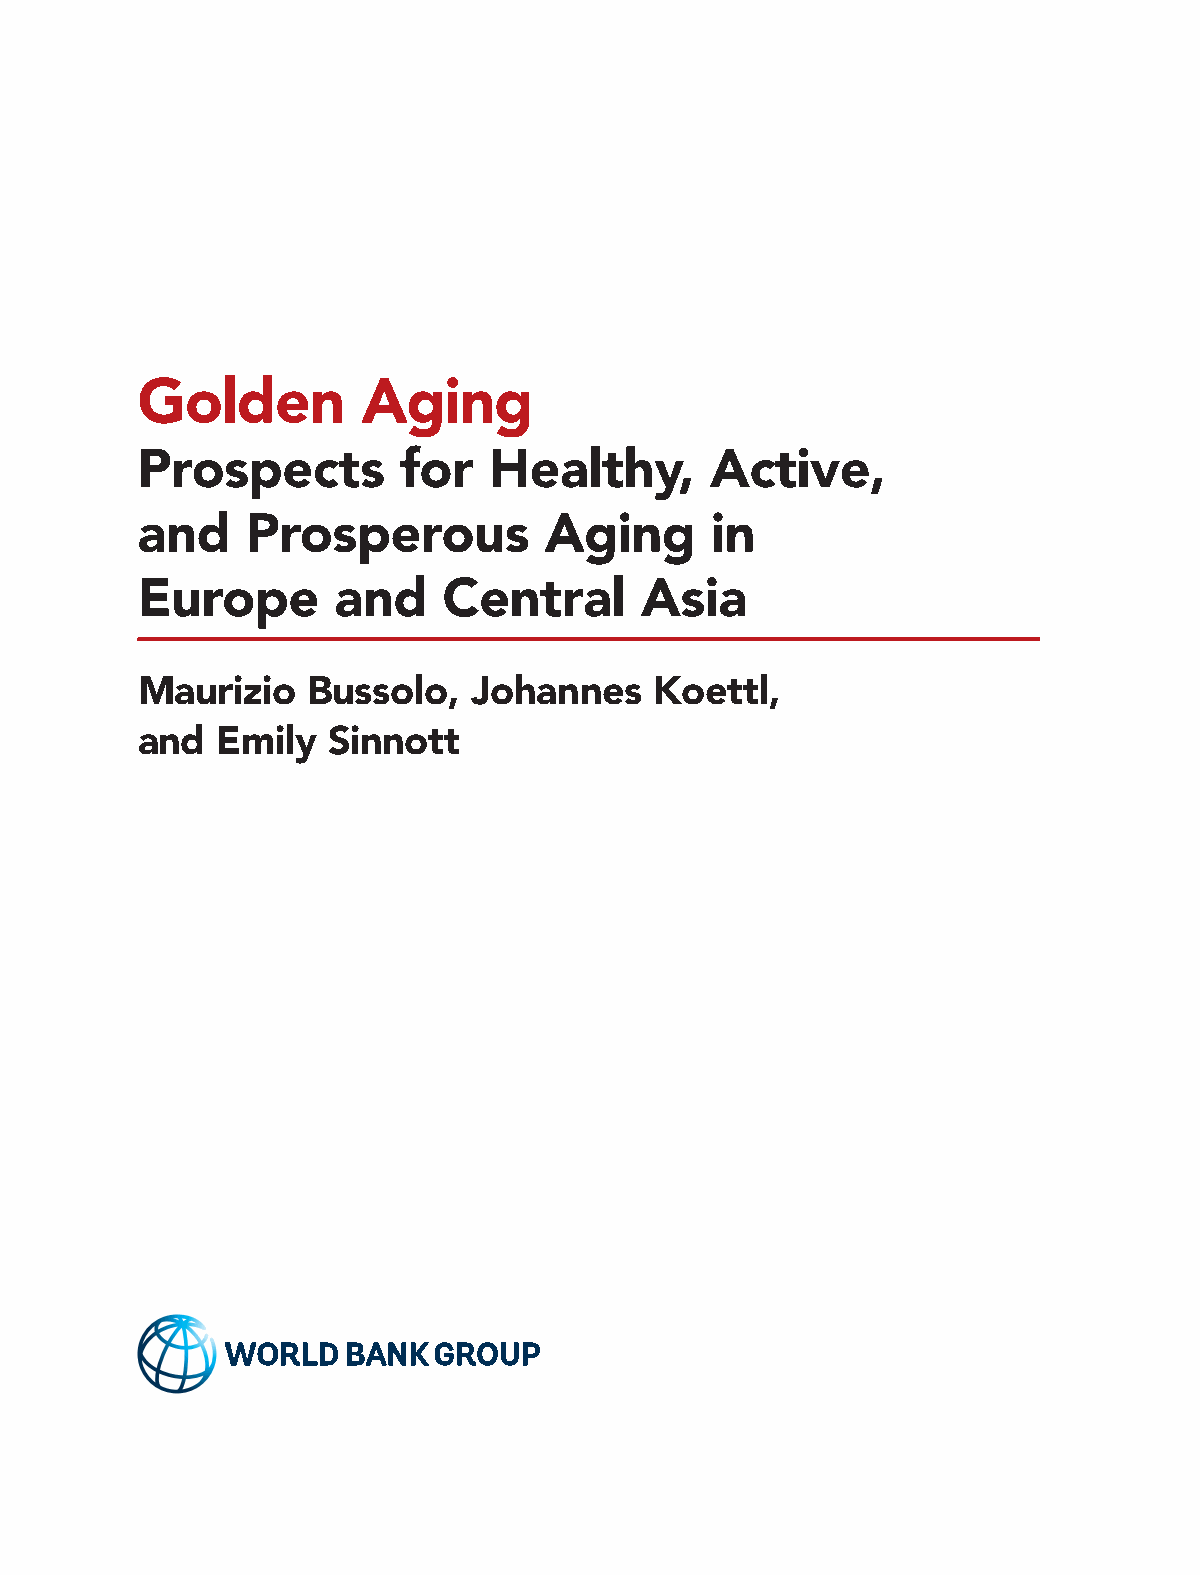
Golden         Aging
 Prospects        for   Healthy,       Active,
 and    Prosperous          Aging      in
 Europe       and    Central      Asia
 Maurizio   Bussolo,   Johannes    Koettl,
 and  Emily   Sinnott